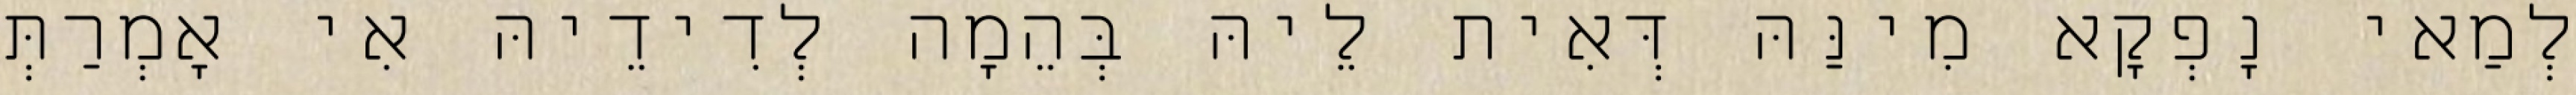
לְמַאי נָפְקָא מִינַּהּ דְּאִית לֵיהּ בְּהֵמָה לְדִידֵיהּ אִי אָמְרַתְּ